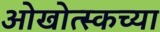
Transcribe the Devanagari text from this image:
ओखोत्स्कच्या